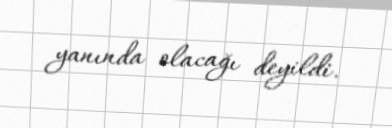
yanında olacağı deyildi.